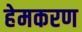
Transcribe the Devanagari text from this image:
हेमकरण